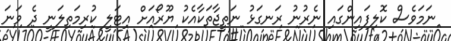
ނަމަވެސް ކޮލިފައިންގައި ނެރުނު ރަނގަޅު ނަތީޖާތަކާއެކު ޔޫރޯއަށް އިޓަލީ ކުރިމަތިލަނީ ދެ ވަނަ